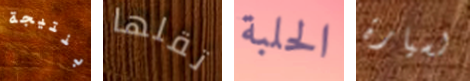
بنتيجة تقلها الحلبة لسيارة